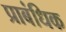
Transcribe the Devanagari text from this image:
प्राबंधिक